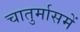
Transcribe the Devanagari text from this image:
चातुर्मासमें